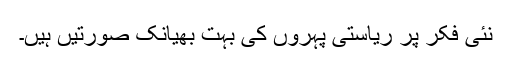
نئی فکر پر ریاستی پہروں کی بہت بھیانک صورتیں ہیں۔